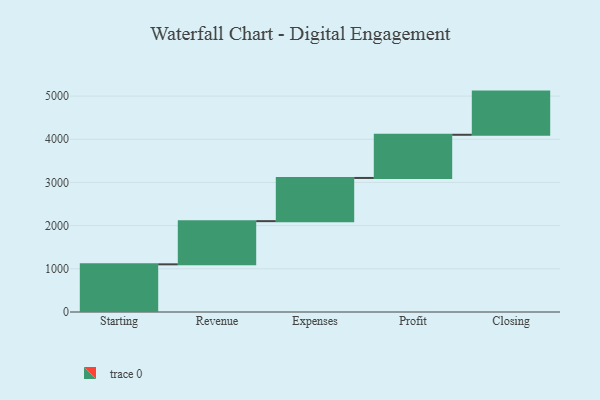
{"axis": {"x": "Step", "y": "Value"}, "legend": [""], "data": [{"x": "Starting", "y": 1104.0, "type": ""}, {"x": "Revenue", "y": 1000, "type": ""}, {"x": "Expenses", "y": 1000, "type": ""}, {"x": "Profit", "y": 1000, "type": ""}, {"x": "Closing", "y": 1000, "type": ""}]}